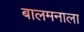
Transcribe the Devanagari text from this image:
बालमनाला